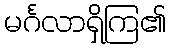
မင်္ဂလာရှိကြ၏